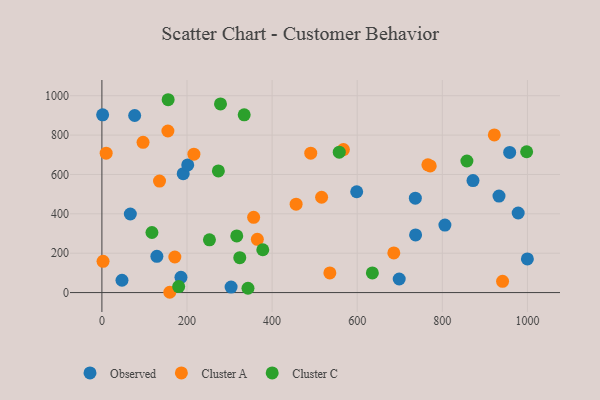
{"axis": {"x": "Investment", "y": "Demand"}, "legend": ["Cluster A", "Cluster C", "Observed"], "data": [{"x": "872.1", "y": 568.9, "type": "Observed"}, {"x": "47.2", "y": 62.5, "type": "Observed"}, {"x": "191.1", "y": 604.2, "type": "Observed"}, {"x": "978.3", "y": 404.3, "type": "Observed"}, {"x": "66.8", "y": 399.1, "type": "Observed"}, {"x": "806.1", "y": 342.8, "type": "Observed"}, {"x": "737.2", "y": 292.8, "type": "Observed"}, {"x": "933.2", "y": 490.0, "type": "Observed"}, {"x": "958.3", "y": 712.2, "type": "Observed"}, {"x": "736.6", "y": 479.8, "type": "Observed"}, {"x": "201.7", "y": 648.4, "type": "Observed"}, {"x": "77.0", "y": 899.5, "type": "Observed"}, {"x": "1.7", "y": 902.9, "type": "Observed"}, {"x": "129.2", "y": 184.3, "type": "Observed"}, {"x": "185.8", "y": 77.2, "type": "Observed"}, {"x": "303.6", "y": 27.8, "type": "Observed"}, {"x": "698.7", "y": 69.0, "type": "Observed"}, {"x": "999.9", "y": 170.9, "type": "Observed"}, {"x": "598.8", "y": 512.1, "type": "Observed"}, {"x": "567.6", "y": 726.7, "type": "Cluster A"}, {"x": "771.6", "y": 643.3, "type": "Cluster A"}, {"x": "159.5", "y": 1.5, "type": "Cluster A"}, {"x": "356.6", "y": 382.5, "type": "Cluster A"}, {"x": "456.4", "y": 449.1, "type": "Cluster A"}, {"x": "766.1", "y": 648.9, "type": "Cluster A"}, {"x": "535.7", "y": 99.9, "type": "Cluster A"}, {"x": "941.6", "y": 56.9, "type": "Cluster A"}, {"x": "686.0", "y": 201.6, "type": "Cluster A"}, {"x": "365.3", "y": 270.6, "type": "Cluster A"}, {"x": "490.8", "y": 708.2, "type": "Cluster A"}, {"x": "10.0", "y": 708.3, "type": "Cluster A"}, {"x": "171.4", "y": 180.6, "type": "Cluster A"}, {"x": "135.4", "y": 566.4, "type": "Cluster A"}, {"x": "96.7", "y": 763.5, "type": "Cluster A"}, {"x": "2.7", "y": 158.7, "type": "Cluster A"}, {"x": "922.2", "y": 801.0, "type": "Cluster A"}, {"x": "516.3", "y": 484.2, "type": "Cluster A"}, {"x": "155.1", "y": 820.9, "type": "Cluster A"}, {"x": "216.2", "y": 702.9, "type": "Cluster A"}, {"x": "117.6", "y": 305.1, "type": "Cluster C"}, {"x": "252.7", "y": 267.9, "type": "Cluster C"}, {"x": "273.7", "y": 618.1, "type": "Cluster C"}, {"x": "343.3", "y": 21.9, "type": "Cluster C"}, {"x": "334.4", "y": 903.1, "type": "Cluster C"}, {"x": "278.7", "y": 958.4, "type": "Cluster C"}, {"x": "324.0", "y": 177.1, "type": "Cluster C"}, {"x": "378.1", "y": 217.6, "type": "Cluster C"}, {"x": "998.2", "y": 715.3, "type": "Cluster C"}, {"x": "155.7", "y": 979.7, "type": "Cluster C"}, {"x": "857.8", "y": 668.3, "type": "Cluster C"}, {"x": "180.4", "y": 30.6, "type": "Cluster C"}, {"x": "316.9", "y": 288.0, "type": "Cluster C"}, {"x": "557.8", "y": 713.2, "type": "Cluster C"}, {"x": "635.6", "y": 100.0, "type": "Cluster C"}]}